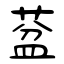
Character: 葐